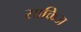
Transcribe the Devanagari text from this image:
साकिज